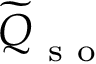
\widetilde { \boldsymbol { Q } } _ { \mathrm { ~ s ~ o ~ } }